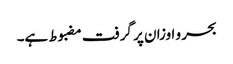
بحر و اوزان پر گرفت مضبوط ہے۔